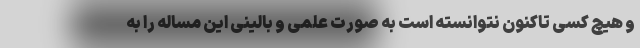
و هیچ کسی تاکنون نتوانسته است به صورت علمی و بالینی این مساله را به